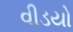
વીડયો